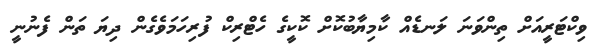
ވިކްޓަރީއަށް ތިންވަނަ ލަނޑެއް ކާމިޔާބުކޮށް ކޮކީގެ ހެޓްރިކް ފުރިހަމަވެގެން ދިޔަ ތަން ފެނުނީ